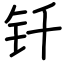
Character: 钎